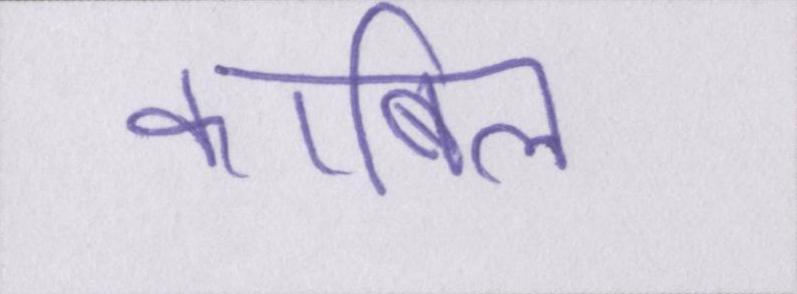
काबिल